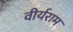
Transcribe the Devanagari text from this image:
वीर्यराम